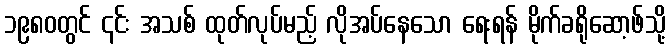
၁၉၈၀တွင် ၎င်း အသစ် ထုတ်လုပ်မည့် လိုအပ်နေသော ရေးရန် မိုက်ခရိုဆော့ဖ်သို့